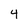
Character: 4